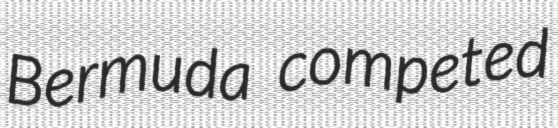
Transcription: Bermuda competed